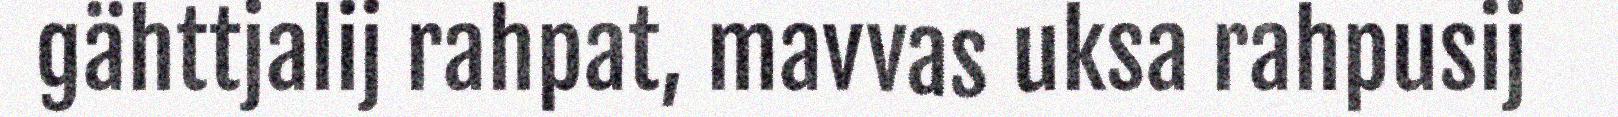
gähttjalij rahpat, mavvas uksa rahpusij